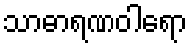
သာဓာရဏဝါရော